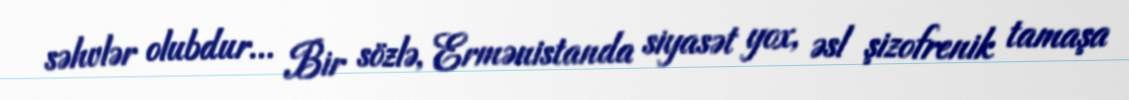
səhvlər olubdur... Bir sözlə, Ermənistanda siyasət yox, əsl şizofrenik tamaşa